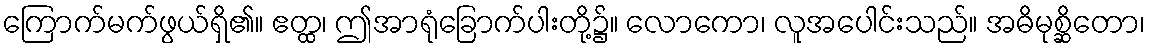
ကြောက်မက်ဖွယ်ရှိ၏။ ဧတ္ထ၊ ဤအာရုံခြောက်ပါးတို့၌။ လောကော၊ လူအပေါင်းသည်။ အဓိမုစ္ဆိတော၊